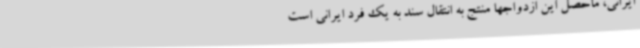
ایرانی، ماحصل این ازدواجها منتج به انتقال سند به یک فرد ایرانی است